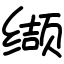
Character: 缬